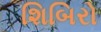
શિબિરો